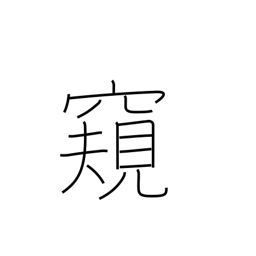
Meaning: spy on